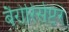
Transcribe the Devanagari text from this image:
बैरोरिसेप्टर